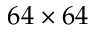
6 4 \times 6 4